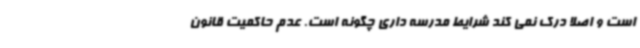
است و اصلا درک نمی کند شرایط مدرسه داری چگونه است. عدم حاکمیت قانون